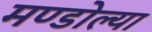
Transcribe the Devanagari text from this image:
मण्डोल्या